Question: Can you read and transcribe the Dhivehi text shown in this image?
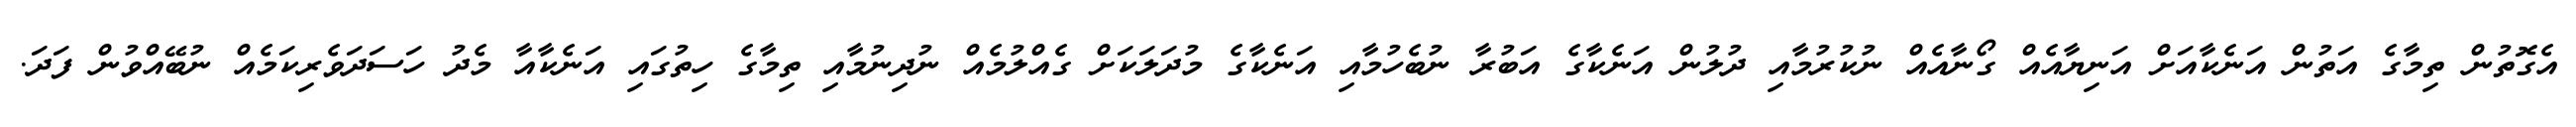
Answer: އެގޮތުން ތިމާގެ އަތުން އަނެކާއަށް އަނިޔާއެއް ގޯނާއެއް ނުކުރުމާއި ދުލުން އަނެކާގެ އަބުރާ ނުބެހުމާއި އަނެކާގެ މުދަލަކަށް ގެއްލުމެއް ނުދިނުމާއި ތިމާގެ ހިތުގައި އަނެކާއާ މެދު ހަސަދަވެރިކަމެއް ނުބޭއްވުން ފަދަ.